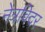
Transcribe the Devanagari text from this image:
नेत्रविदर